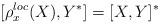
LaTeX: \begin{align*} [\rho^{loc}_x(X), Y^*] = [X,Y]^* \end{align*}